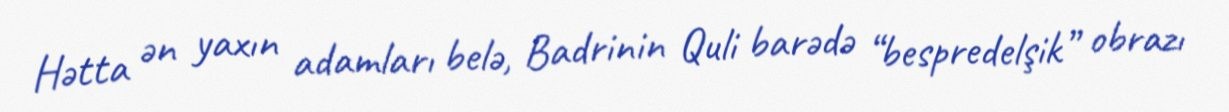
Hətta ən yaxın adamları belə, Badrinin Quli barədə “bespredelşik” obrazı